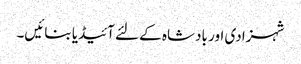
شہزادی اور بادشاہ کے لئے آئیڈیا بنائیں۔